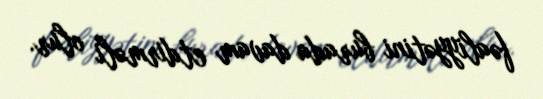
fəaliyyətini burada davam etdirməli olur.